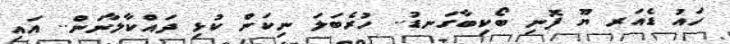
ހައު ޑެއަރ ޔޫ ފޮނި ބޯކިބާގަނޑު.. ހުރެބަލަ ނިކަން ކުޅި ދައްކާލާނަން.. އައި